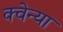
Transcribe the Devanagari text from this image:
क्वेन्या